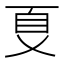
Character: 𠀼